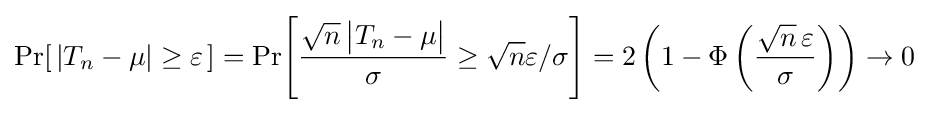
\Pr \!\left[\,|T_{n}-\mu |\geq \varepsilon \,\right]=\Pr \!\left[{\frac {{\sqrt {n}}\,{\big |}T_{n}-\mu {\big |}}{\sigma }}\geq {\sqrt {n}}\varepsilon /\sigma \right]=2\left(1-\Phi \left({\frac {{\sqrt {n}}\,\varepsilon }{\sigma }}\right)\right)\to 0